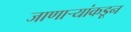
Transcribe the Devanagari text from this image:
जाणाऱ्यांकडून